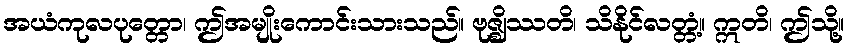
အယံကုလပုတ္တော၊ ဤအမျိုးကောင်းသားသည်။ ဗုဇ္ဈိဿတိ၊ သိနိုင်လတ္တံ့။ ဣတိ၊ ဤသို့။